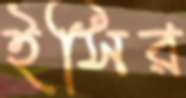
ইসির